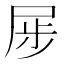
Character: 𪨏